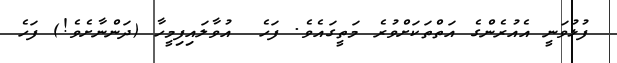
ފުޅުވަނީ އެއުރެންގެ އަތްތަކަށްވުރެ މަތީގައެވެ. ފަހެ  އުވާލައިފިމީހާ (ދަންނާށެވެ!) ފަހެ